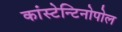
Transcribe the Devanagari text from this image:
कांस्टेन्टिनोपोल